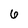
Character: 6